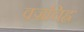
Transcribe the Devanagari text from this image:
वज्रचिह्न